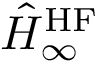
\hat { H } _ { \infty } ^ { \mathrm { H F } }